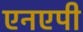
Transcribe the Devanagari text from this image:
एनएपी